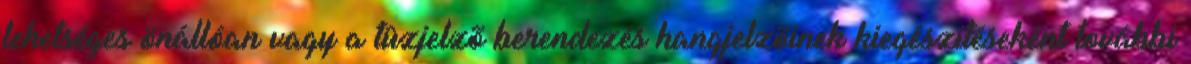
lehetséges önállóan vagy a tûzjelzõ berendezés hangjelzõinek kiegészítéseként további